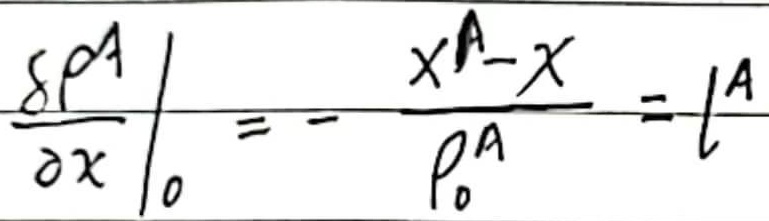
\[
\left.\frac{\delta\rho^{A}}{\partial x}\right|_{0}=-\frac{x^{A}-x}{\rho_{0}^{A}} = l^{A}
\]